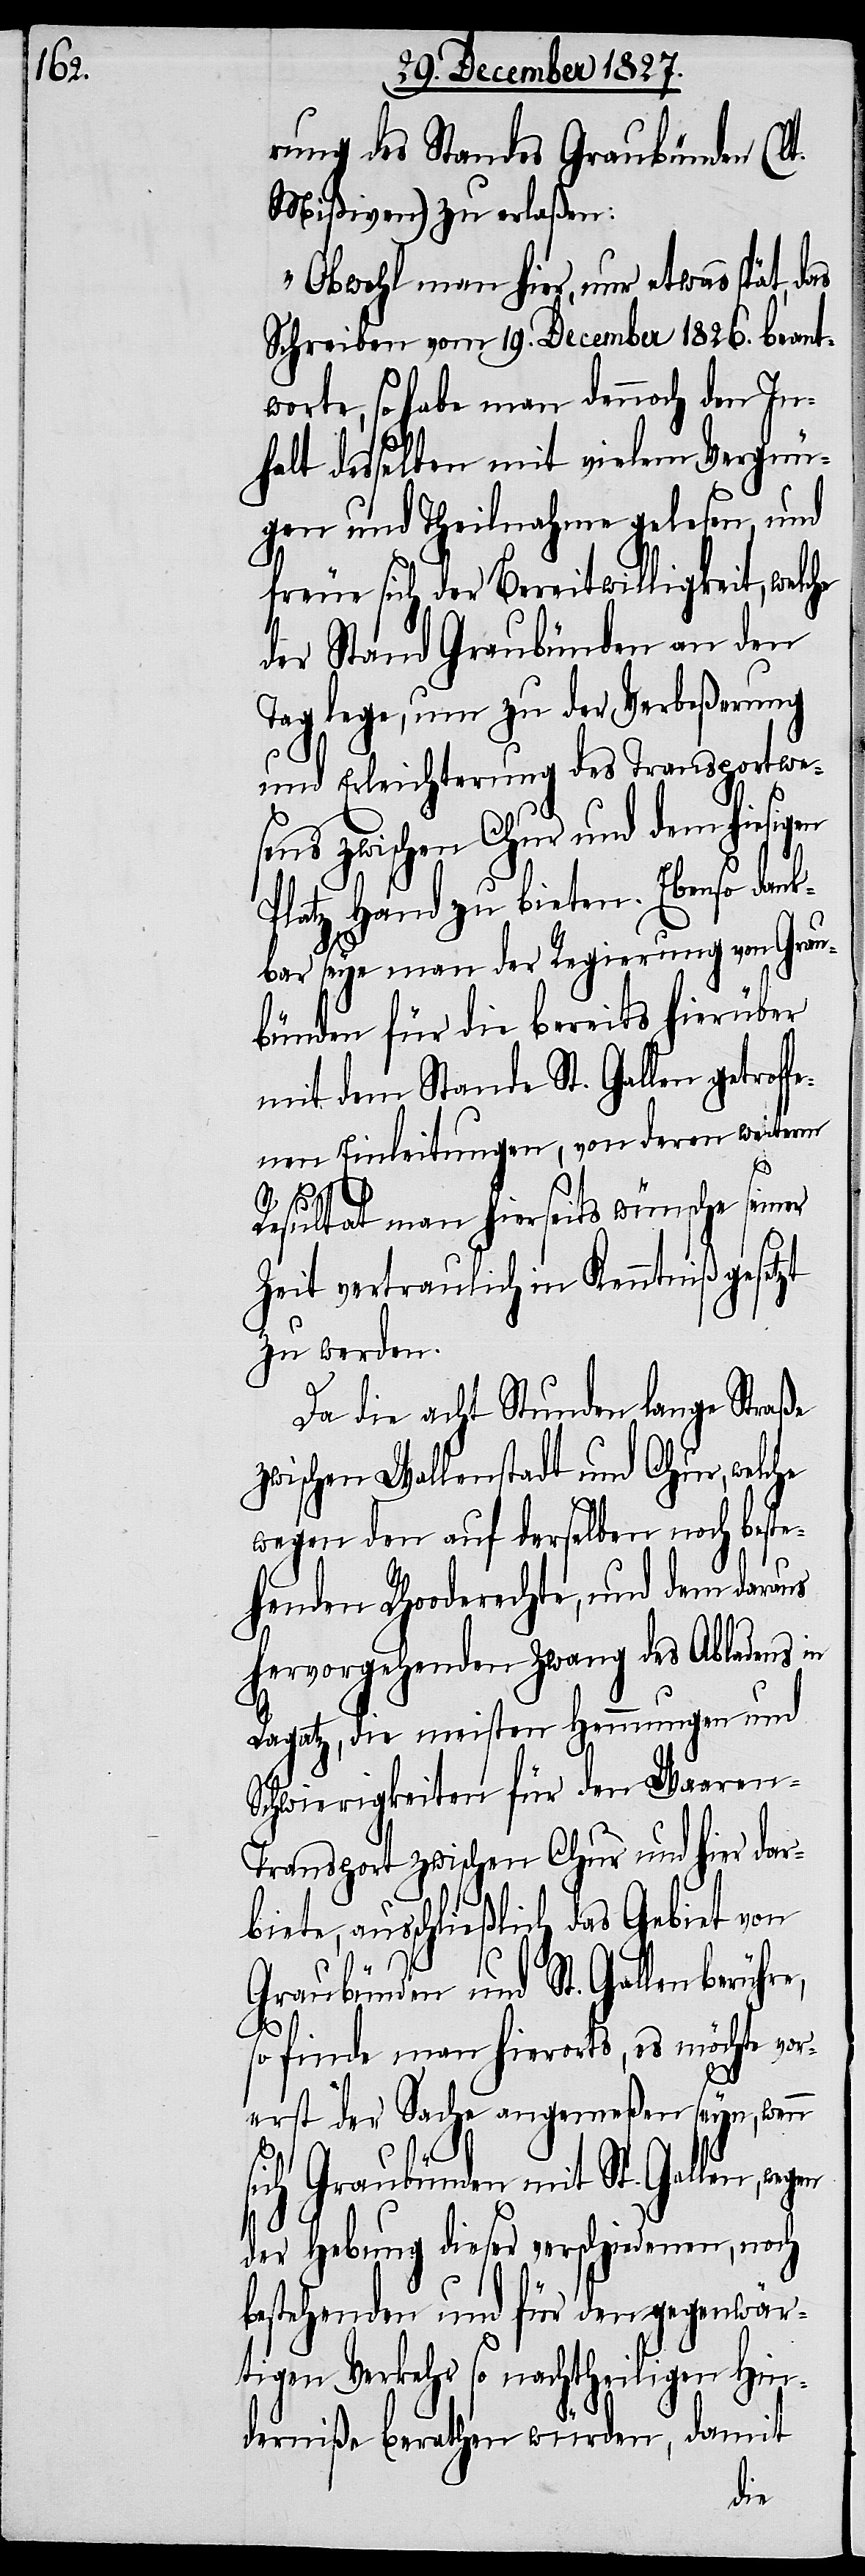
rung des Standes Graubünden (lt.
Mißiven) zu erlaßen:
„Obwohl man hier, nur etwas spät, das
Schreiben vom 19. December 1826. beant¬
worte, so habe man dennoch den In¬
halt desselben mit vielem Vergnü¬
gen und Theilnahme gelesen, und
freue sich der Bereitwilligkeit, welc¬
der Stand Graubünden an den
Tag lege, um zu der Verbeßerung
und Erleichterung des Transportwe¬
sens zwischen Chur und dem hiesigen
Platz Hand zu bieten. Ebenso dank¬
e,
bar seye man der Regierung von Grau¬
bünden für die bereits hierüber
mit dem Stande St. Gallen getroff¬
enen Einleitungen, von deren weiterm
Resultat man hierseits wünsche seiner
Zeit vertraulich in Kenntniß gesetzt
zu werden.
Da die acht Stunden lange Straße
zwischen Wallenstadt und Chur, welche
wegen den auf derselben noch beste¬
henden Rhooderechte, und dem daraus
hervorgehenden Zwang des Abladens in
Ragatz, die meisten Hemmungen und
Schwierigkeiten für den Waaren-T¬
ransport zwischen Chur und hier dar¬
biete, ausschließlich das Gebiet von
Graubünden und St. Gallen berühr¬
so finde man hierorts, es möchte vor¬
erst der Sache angemeßen seyn, wenn
sich Graubünden mit St. Gallen, wegen
der Hebung dieser verschiedenen, noch
bestehenden und für den gegenwär¬
tigen Verkehr so nachtheiligen Hin¬
derniße berathen würden, damit